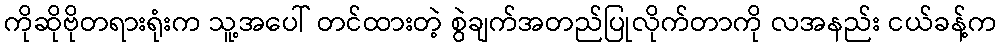
ကိုဆိုဗိုတရားရုံးက သူ့အပေါ် တင်ထားတဲ့ စွဲချက်အတည်ပြုလိုက်တာကို လအနည်း ငယ်ခန့်က